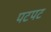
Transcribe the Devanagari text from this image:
पटपट